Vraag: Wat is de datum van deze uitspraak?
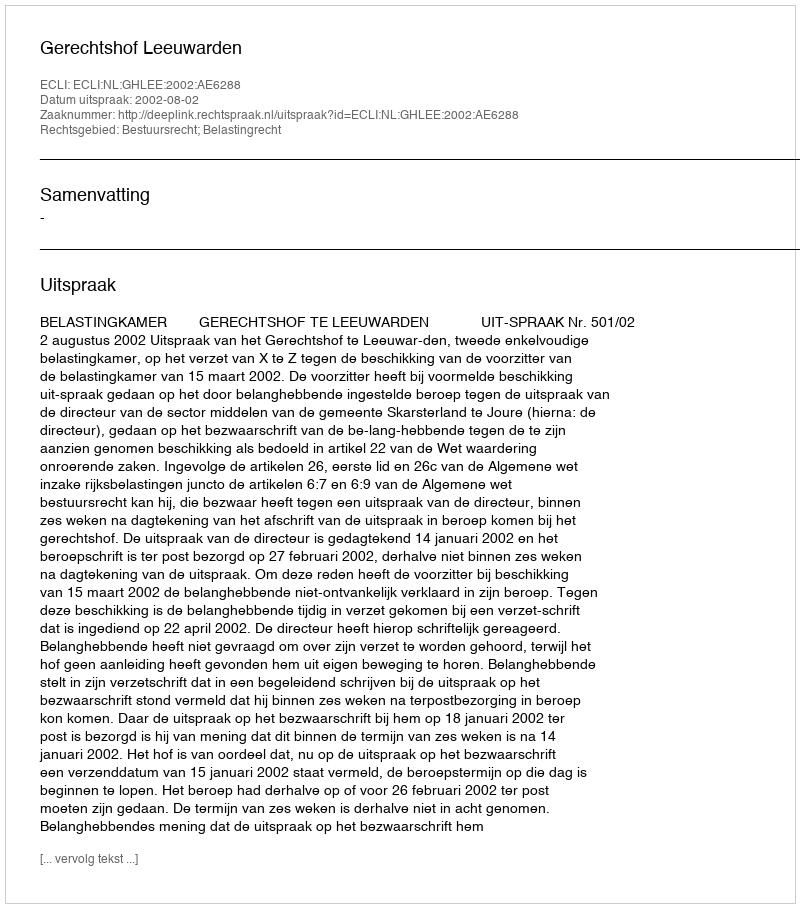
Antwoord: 2002-08-02